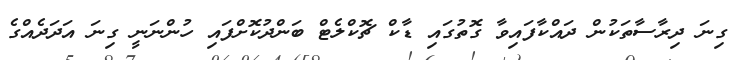
ގިނަ ދިރާސާތަކުން ދައްކާފައިވާ ގޮތުގައި ޑާކް ޗޮކްލެޓް ބަންދުކޮށްފައި ހުންނަނީ ގިނަ އަދަދެއްގެ